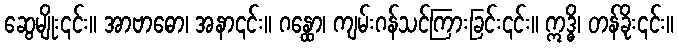
ဆွေမျိုး၎င်း။ အာဗာဓော၊ အနာ၎င်း။ ဂန္ထော၊ ကျမ်းဂန်သင်ကြားခြင်း၎င်း။ ဣဒ္ဓိ၊ တန်ခိုး၎င်း။